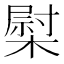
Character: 𰘤